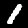
Label: 1